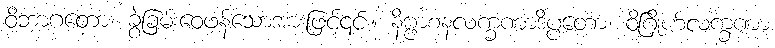
ဝိဘာဂတော၊ ခွဲခြမ်းဝေဖန်သောအားဖြင့်၎င်း။ နိဗ္ဗာစနလက္ခဏာဒိပ္ပတော၊ ဝိဂြိုဟ်လက္ခဏာ